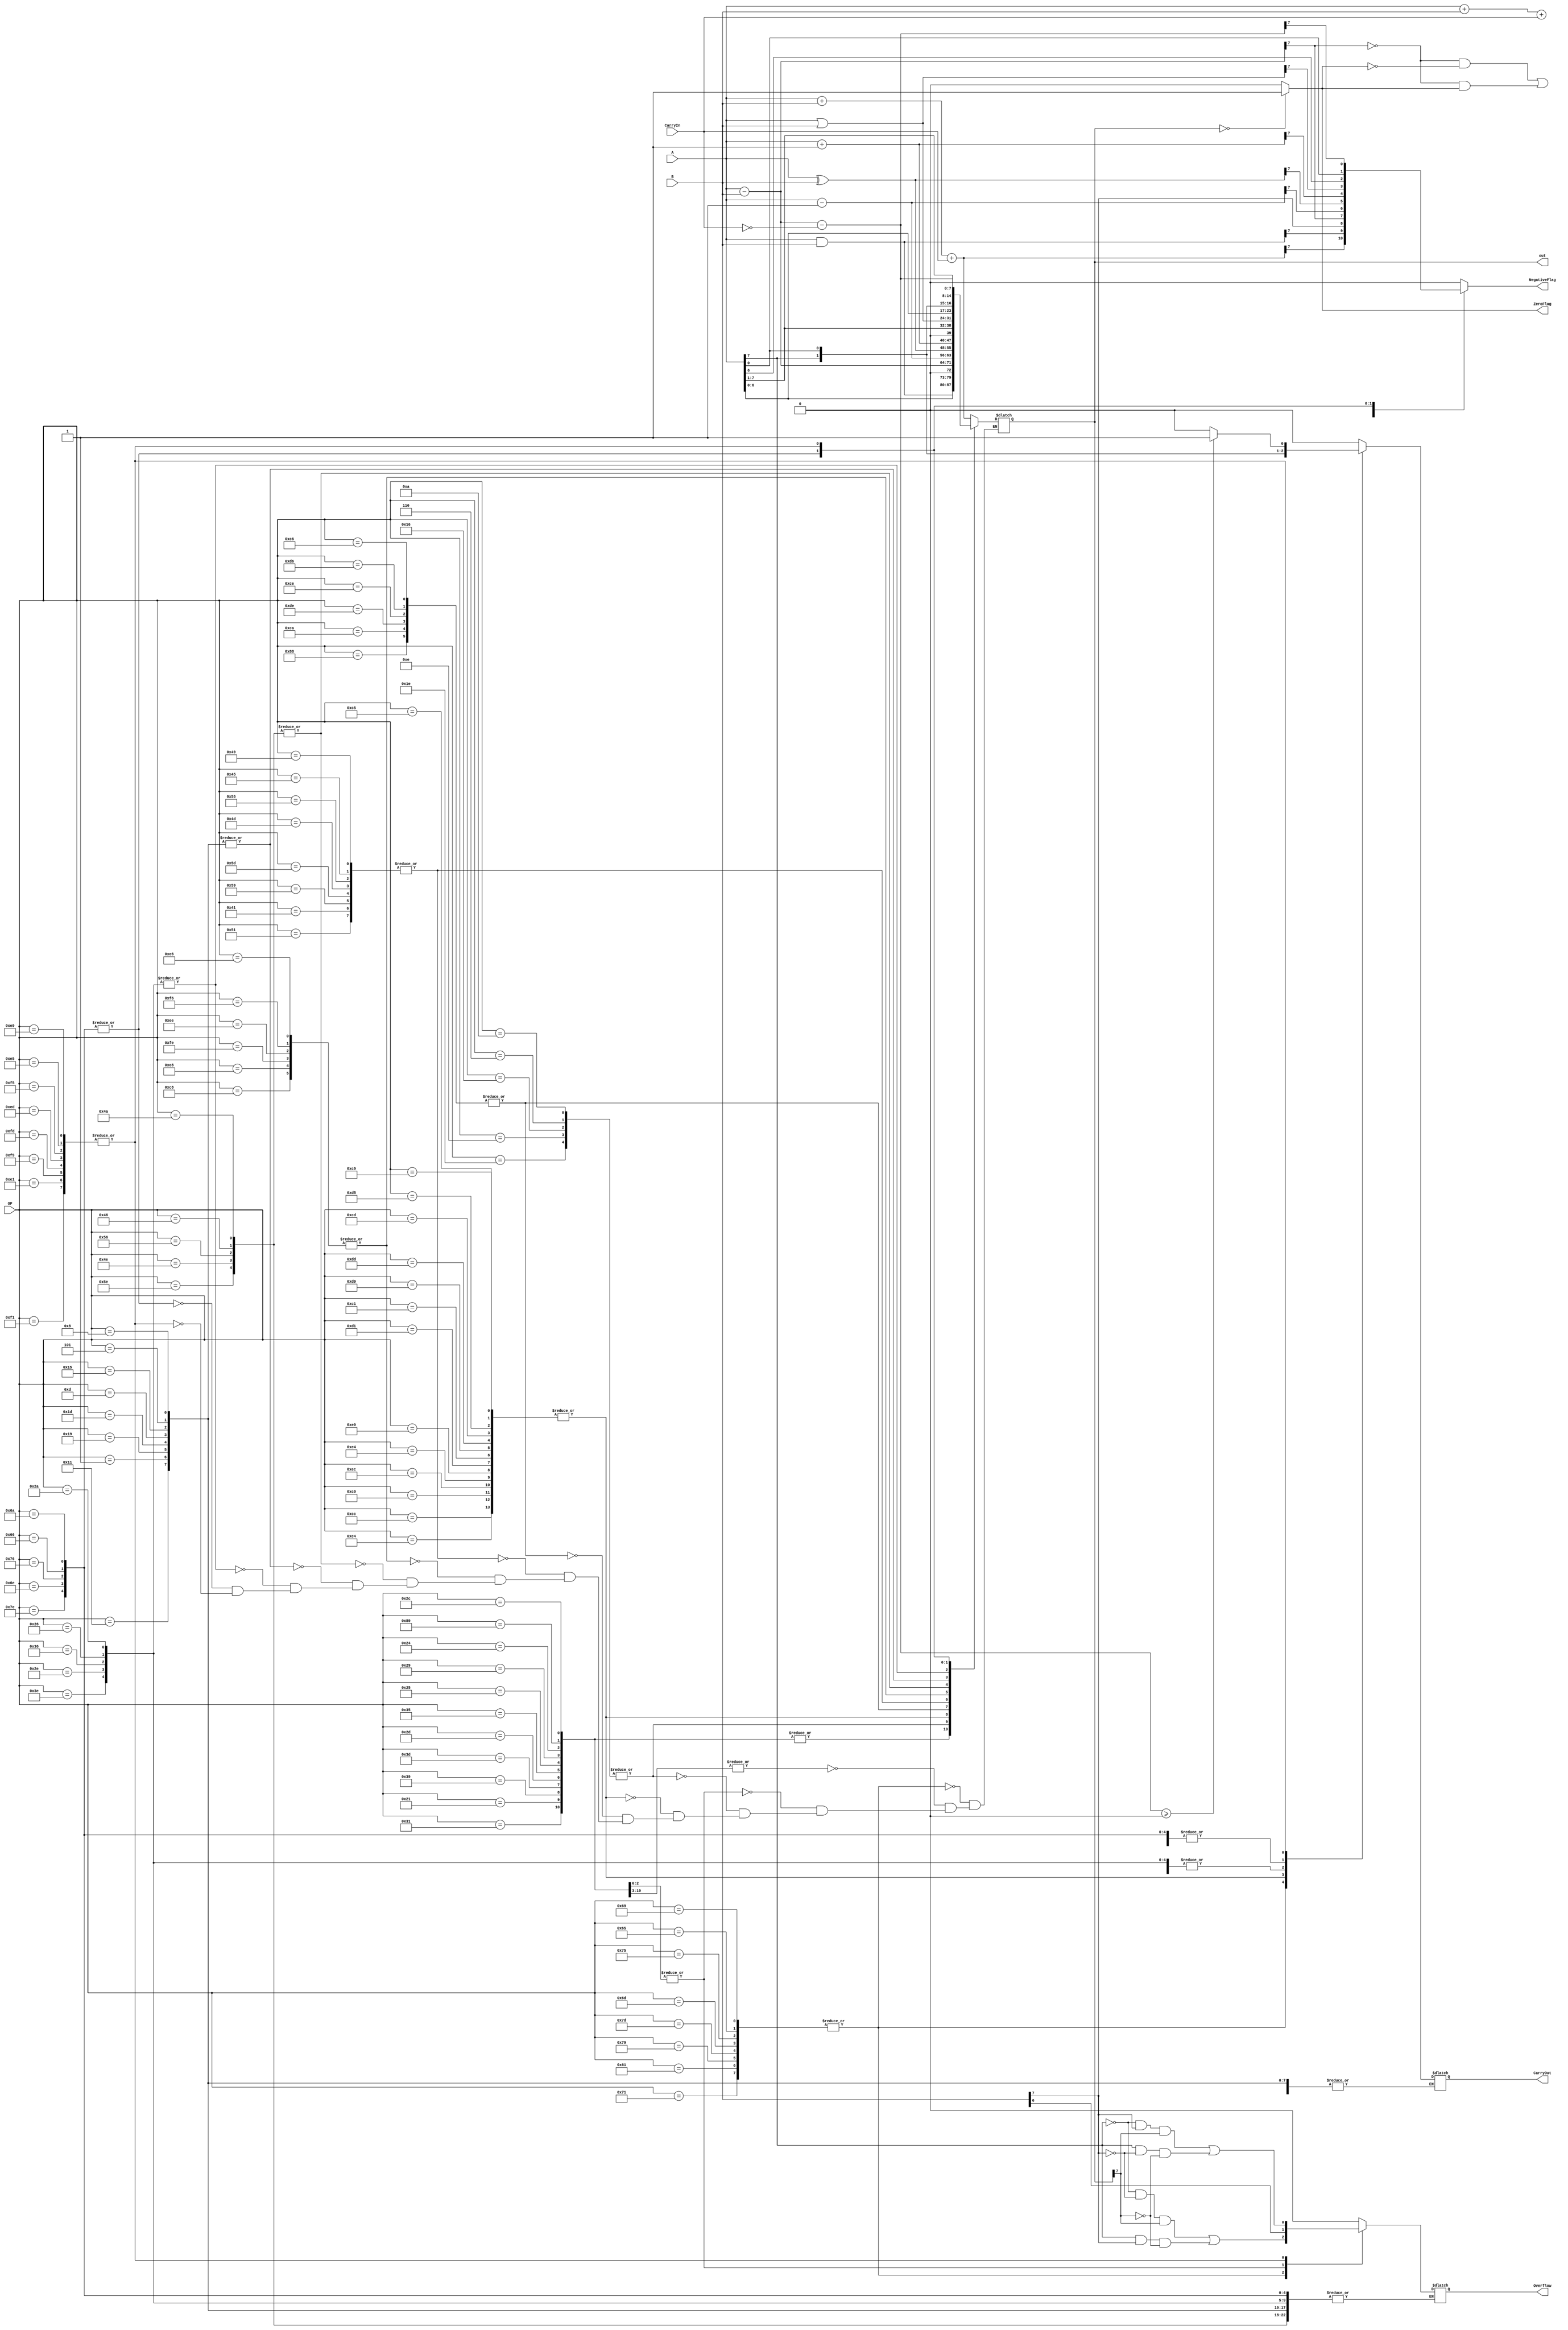
`timescale 1ns / 1ps
//////////////////////////////////////////////////////////////////////////////////
// Coded by Brandon Fischer
// Adapted from https://www.fpga4student.com/2017/06/Verilog-code-for-ALU.html
// Codes/ALU design from MCS6500 programming manual
// 
// Design Name: 
// Module Name: alu
// Project Name: 
// Target Devices: 
// Tool Versions: 
// Description: 
// 
// Dependencies: 
// 
// Revision:
// Revision 0.01 - File Created
// Additional Comments:
// 
//////////////////////////////////////////////////////////////////////////////////


module alu(
        input [7:0] A,B,
        input [7:0] OP,
        input CarryIn,
        output [7:0] out,
        output CarryOut,
        output ZeroFlag,
        output Overflow,
        output NegativeFlag
    );
    
    reg [7:0] result;
    wire [8:0] tmp;
    reg CarryOut_reg;
    reg Overflow_reg;
    reg NegativeFlag_reg;
    wire overflowAdd = ~A[7] & ~B[7] & result[7] | A[7] & B[7] & ~result[7];
    wire overflowSubtract = ~A[7] & B[7] & result[7] | A[7] & ~B[7] & ~result[7];
    //wire overflowSubtract = (~A[7] & ~B[7]) | (~A[7] & B[7] & ~result[7]) | (A[7] & ~B[7] & result[7]) | (A[7] & B[7]);
    
    assign out = result;
    assign tmp = {1'b0,A} + {1'b0,B} + {8'b0,CarryIn};
    assign CarryOut = CarryOut_reg;
    assign ZeroFlag = (result==8'd0)?1'd1:1'd0;
    assign Overflow = Overflow_reg;
    assign NegativeFlag = NegativeFlag_reg;
    
    //Coding the arithmetic OP codes per https://en.wikibooks.org/wiki/6502_Assembly
    //Done in order found in the manual
    always@(*)
    begin
        case(OP)
            //Adding with Carry
            8'h69, 8'h65, 8'h75, 8'h6d, 8'h7d, 8'h79, 8'h61, 8'h71:
            begin
                result = A + B + CarryIn;
                Overflow_reg = overflowAdd;
                NegativeFlag_reg = result[7];
                CarryOut_reg = tmp[8];
            end
            //Bitwise AND, not including test bits operation (A & M)
            8'h29, 8'h25, 8'h35, 8'h2d, 8'h3d, 8'h39, 8'h21, 8'h31:
            begin
                result = A & B;
                NegativeFlag_reg = result[7];
            end
            //Test bits operation ( A & M )
            8'h2c, 8'h89, 8'h24:
            begin
                result = A & B;
                NegativeFlag_reg = B[7];
                Overflow_reg = B[6];
            end
            //One bit left shift
            8'h0a, 8'h06, 8'h16, 8'h0e, 8'h1e:
            begin
                CarryOut_reg = A[7];
                result = A << 1;
                NegativeFlag_reg = result[7];
            end
            //Compare memory and accumulator A - M, memory and index X ( X - M ),
            //and memory and index Y ( Y - M )
            8'hc9, 8'hc5, 8'hd5, 8'hcd, 8'hdd, 8'hd9, 8'hc1, 8'hd1, 8'he0, 8'he4, 8'hec,
                8'hc0, 8'hc4, 8'hcc:
            begin
                result = A - B;
                NegativeFlag_reg = result[7];
                CarryOut_reg = (~NegativeFlag_reg & ~ZeroFlag) | (~NegativeFlag_reg & ZeroFlag);
            end
            //Decrement memory, index X, and index Y by 1
            8'hc6, 8'hd6, 8'hce, 8'hde, 8'hca, 8'h88:
            begin
                result = A - 1;
                NegativeFlag_reg = result[7];
            end
            //XOR memory with accumulator
            8'h49, 8'h45, 8'h55, 8'h4d, 8'h5d, 8'h59, 8'h41, 8'h51:
            begin
                result = A ^ B;
                NegativeFlag_reg = result[7];
            end
            //Increment memory, index X, and index Y by 1
            8'he6, 8'hf6, 8'hee, 8'hfe, 8'he8, 8'hc8:
            begin
                result = A + 1;
                NegativeFlag_reg = result[7];
            end
            //Logical right shift
            8'h4a, 8'h46, 8'h56, 8'h4e, 8'h5e:
            begin
                result = A >> 1;
                CarryOut_reg = A[0];
                NegativeFlag_reg = 0;
            end
            //OR memory with accumulator
            8'h08, 8'h05, 8'h15, 8'h0d, 8'h1d, 8'h19, 8'h01, 8'h11:
            begin
                result = A | B;
                NegativeFlag_reg = result[7];
            end
            //Rotate one bit left
            8'h2a, 8'h26, 8'h36, 8'h2e, 8'h3e:
            begin
                result = {A[6:0],A[7]};
                CarryOut_reg = A[7];
                NegativeFlag_reg = result[7];
            end
            //Rotate one bit right
            8'h6a, 8'h66, 8'h76, 8'h6e, 8'h7e:
            begin
                result = {A[0],A[7:1]};
                CarryOut_reg = A[0];
                NegativeFlag_reg = result[7];
            end
            //Subtract memory from accumulator with borrow
            8'he9, 8'he5, 8'hf5, 8'hed, 8'hfd, 8'hf9, 8'he1, 8'hf1:
            begin
                result = A - B - {7'b0,~CarryIn};
                CarryOut_reg = (result>=8'd0)?1'd1:1'd0;
                Overflow_reg = overflowSubtract;
                NegativeFlag_reg = result[7];
            end
            
            default: 
            begin
                result = result;
                CarryOut_reg = 0;
                Overflow_reg = 0;
                NegativeFlag_reg = 0;
            end
        endcase
    end
    
endmodule